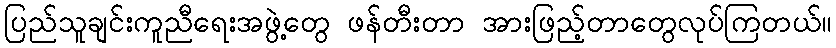
ပြည်သူချင်းကူညီရေးအဖွဲ့တွေ ဖန်တီးတာ အားဖြည့်တာတွေလုပ်ကြတယ်။